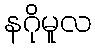
နဂိုမူလ